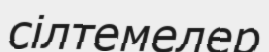
сілтемелер